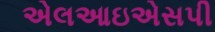
એલઆઇએસપી